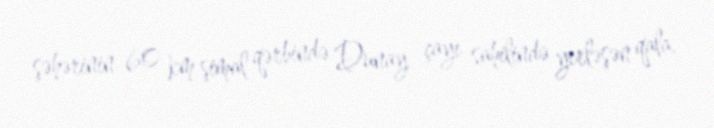
şəhərinin 60 km şimal qərbində Dunay çayı sahilində yerləşən qala.